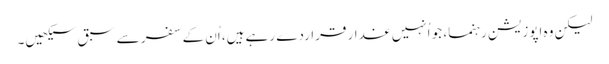
لیکن وہ اپوزیشن رہنما، جو اُنہیں غدار قراردے رہے ہیں، اُن کے سفر سے سبق سیکھیں۔